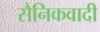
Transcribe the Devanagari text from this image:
सैनिकवादी